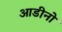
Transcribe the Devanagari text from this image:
आडीनो